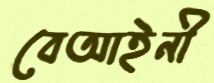
বেআইনী